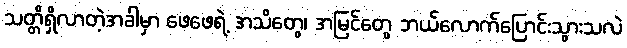
သတ္တိရှိလာတဲ့အခါမှာ ဖေဖေရဲ့ အသိတွေ၊ အမြင်တွေ ဘယ်လောက်ပြောင်းသွားသလဲ